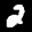
Label: 2